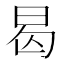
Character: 曷